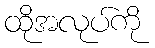
ထိုအလုပ်ကို